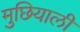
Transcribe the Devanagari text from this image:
मुछियाली